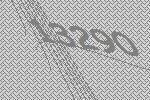
13290